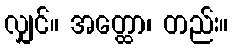
လျှင်။ အတ္ထော၊ တည်း။